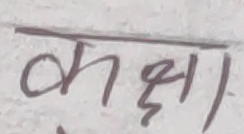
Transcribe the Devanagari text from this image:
कक्षा